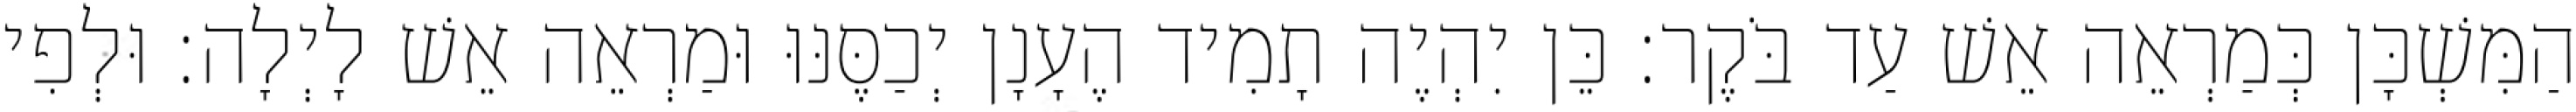
הַמִּשְׁכָּן כְּמַרְאֵה אֵשׁ עַד בֹּקֶר׃ כֵּן יִהְיֶה תָמִיד הֶעָנָן יְכַסֶּנּוּ וּמַרְאֵה אֵשׁ לָיְלָה׃ וּלְפִי